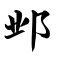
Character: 邺